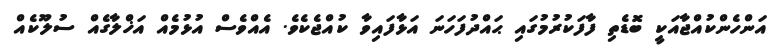
އަންހެންކުއްޖާއަކީ ބޮޑެތި ފާފަކުރުމުގައި ޙައްދުފަހަނަ އަޅާފައިވާ ކުއްޖެކެވެ. އެއްވެސް އުޅުމެއް އަޚްލާގެއް ސުލޫކެއް